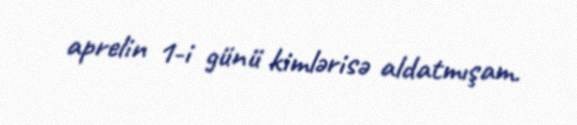
aprelin 1-i günü kimlərisə aldatmışam.